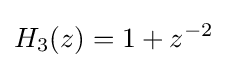
H_{3}(z)=1+z^{-2}